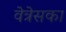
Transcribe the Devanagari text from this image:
वेत्रेसका